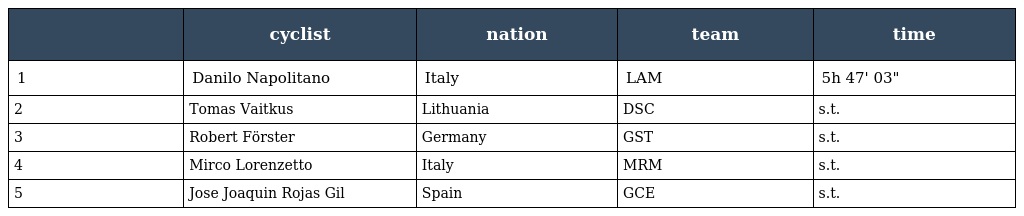
|  | cyclist | nation | team | time |
 | --- | --- | --- | --- | --- |
 | 1 | Danilo Napolitano | Italy | LAM | 5h 47' 03" |
 | 2 | Tomas Vaitkus | Lithuania | DSC | s.t. |
 | 3 | Robert Förster | Germany | GST | s.t. |
 | 4 | Mirco Lorenzetto | Italy | MRM | s.t. |
 | 5 | Jose Joaquin Rojas Gil | Spain | GCE | s.t. |